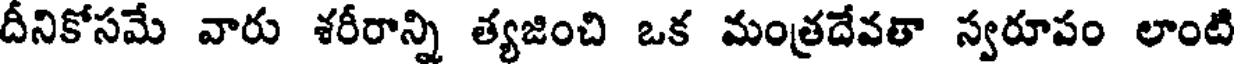
దీనికోసమే వారు శరీరాన్ని త్యజించి ఒక మంత్రదేవతా స్వరూపం లాంటి